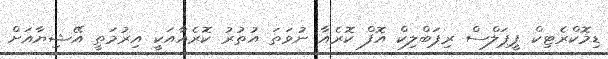
ޑިމޮކްރެޓިކް ޕީޕަލްސް ރިޕަބްލިކް އޮފް ކޮރެއާ ނުވަތަ އުތުރު ކޮރެއާއަކީ އިރުމަތީ އޭޝިޔާއަށް